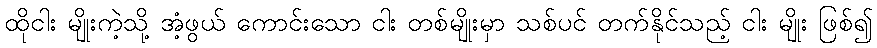
ထိုငါး မျိုးကဲ့သို့ အံ့ဖွယ် ကောင်းသော ငါး တစ်မျိုးမှာ သစ်ပင် တက်နိုင်သည့် ငါး မျိုး ဖြစ်၍